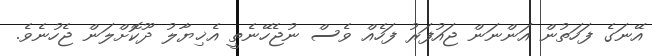
އޭނަގެ ފަހަތުން އަންނަން ޖައުފަރު ފަހެއް ވެސް ނުޖެހޭނެތީ އެޚިޔާލު ދޫކޮށްލަން ޖެހުނެވެ.